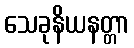
သေခုနိယနတ္တာ